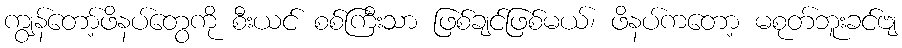
ကျွန်တော့်ဖိနပ်တွေကို စီးယင် စစ်ကြီးသာ ဖြစ်ချင်ဖြစ်မယ်၊ ဖိနပ်ကတော့ မစုတ်ဘူးခင်ဗျ